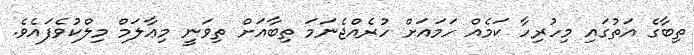
ތިބާގެ އަތުގައި މިހުރިހާ ކަމެއް ހަމައަށް ހުރެއްޖެނަމަ ތިބާއަށް ތިވަނީ މިޢާލަމް މިލްކުވެފައެވެ.